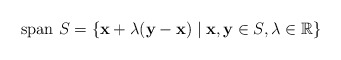
\begin{align*}\mathrm{span}~S = \{ \mathbf{x} + \lambda (\mathbf{y}-\mathbf{x}) \mid \mathbf{x}, \mathbf{y} \in S, \lambda \in \mathbb{R} \}\end{align*}